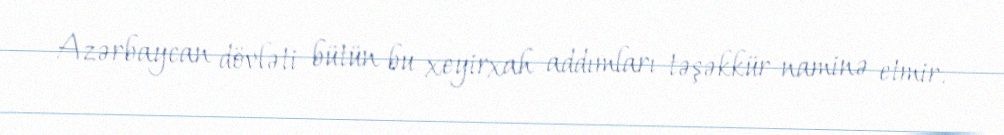
Azərbaycan dövləti bütün bu xeyirxah addımları təşəkkür naminə etmir.